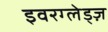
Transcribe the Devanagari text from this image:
इवरग्लेड्ज़